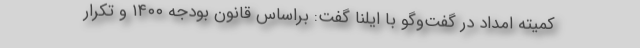
کمیته امداد در گفت‌وگو با ایلنا گفت: براساس قانون بودجه ۱۴۰۰ و تکرار